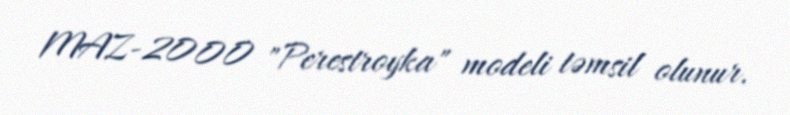
MAZ-2000 "Perestroyka" modeli təmsil olunur.